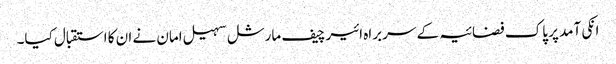
انکی آمد پر پاک فضائیہ کے سربراہ ائیر چیف مارشل سہیل امان نے ان کا استقبال کیا۔